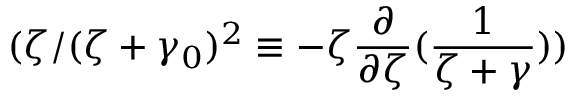
( \zeta / ( \zeta + \gamma _ { 0 } ) ^ { 2 } \equiv - \zeta \frac { \partial } { \partial \zeta } ( \frac { 1 } { \zeta + \gamma } ) )